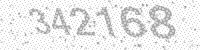
Solution: 342168